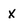
Character: X